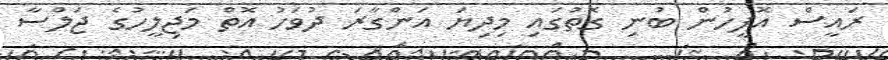
ރައީސް އޮފީހުން ބުނި ގޮތުގައި މިދިޔަ އަންގާރަ ދުވަހު އޮތް މަޖިލީހުގެ ޖަލްސާ